Annual report on the lock hospitals of the Madras Presidency
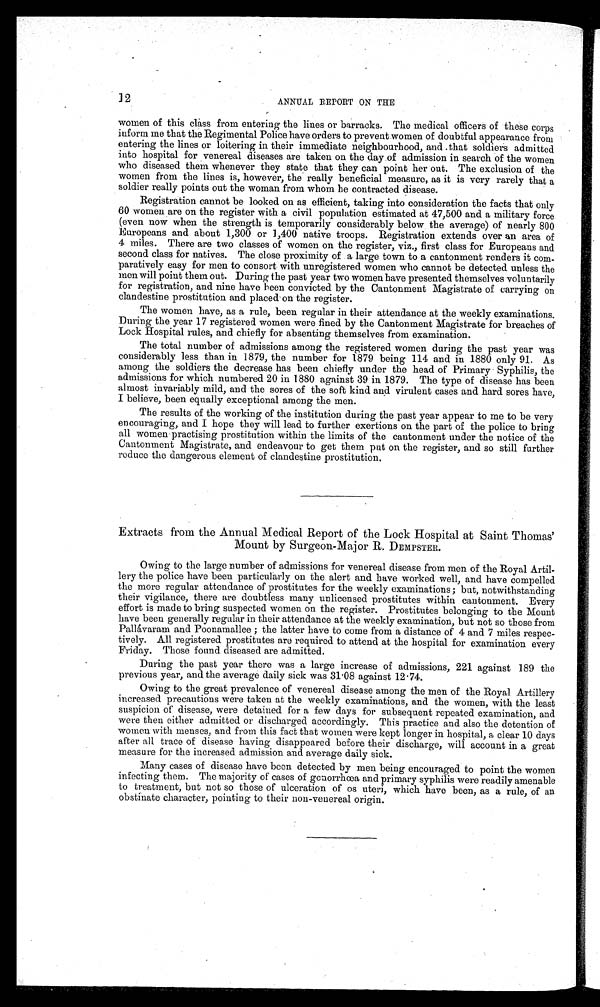
2
ANNUAL REPORT ON THE
women of this class from entering the lines or barracks. The medical officers of these corps .
inform me that the Regimental Police have orders to prevent women of doubtful appearance from
entering the lines or loitering in their immediate neighbourhood, and .that soldiers admitted
into hospital for venereal diseases are taken on the day of admission in search of the women
who diseased them whenever they state that they can point her out. The exclusion of the
women from the lines is, however, the really beneficial measure, as it is very rarely that a
soldier really points out the woman from whom he contracted disease.
Registration cannot be looked on as efficient, taking into consideration the facts that only
60 women are on the register with a civil population estimated at 47,500 and a military force
(even now when the strength is temporarily considerably below the average) of nearly 800
Europeans and about 1,300 or 1,400 native troops. Registration extends over an area of
4 miles. There are two classes of women on the register, viz., first class for Europeans and
second class for natives. The close proximity of a large town to a cantonment renders it com-
paratively easy for men to consort with unregistered women who cannot be detected unless the
men will point them out. During the past year two women have presented themselves voluntarily
for registration, and nine have been convicted by the Cantonment Magistrate of carrying on
clandestine prostitution and placed on the register.
The women have, as a rule, been regular in their attendance at the weekly examinations.
During the year 17 registered women were fined by the Cantonment Magistrate for breaches of
Lock Hospital rules, and chiefly for absenting themselves from examination.
The total number of admissions among the registered women during the past year was
considerably less than in 1879, the number for 1879 being 114 and in 1880 only 91. As
among the soldiers the decrease has been chiefly under the head of Primary - Syphilis, the
admissions for which numbered 20 in 1880 against 39 in 1879. The type of disease has been
almost invariably mild, and the sores of the soft kind and virulent cases and hard sores have,
I believe, been equally exceptional among the men.
The results of the working of the institution during the past year appear to me to be very
encouraging, and I hope they will lead to further exertions on the part of the police to bring
all women practising prostitution within the limits of the cantonment under the notice of the
Cantonment Magistrate, and endeavour to get them put on the register, and so still further
reduce the dangerous element of clandestine prostitution.
Extracts from the Annual Medical Report of the Lock Hospital at Saint Thomas'
Mount by Surgeon-Major R. DEMPSTER.
Owing to the large number of admissions for venereal disease from men of the Royal Artil-
lery the police have been particularly on the alert and have worked well, and have compelled
the more regular attendance of prostitutes for the weekly examinations ; but, notwithstanding
their vigilance, there are doubtless many unlicensed prostitutes within cantonment. Every
effort is made to bring suspected women on the register. Prostitutes belonging to the Mount
have been generally regular in their attendance at the weekly examination, but not so those from
Pallávaram and Poonamallee ; the latter have to come from a distance of 4 and 7 miles respec-
tively. All registered prostitutes are required to attend at the hospital for examination every
Friday. Those found diseased are admitted.
During the past year there was a large increase of admissions, 221 against 189 the
previous year, and the average daily sick was 31 . 08 against 12.74.
Owing to the great prevalence of venereal disease among the men of the Royal Artillery
increased precautions were taken at the weekly examinations, and the women, with the least
suspicion of disease, were detained for a few days for subsequent repeated examination, and
were then either admitted or discharged accordingly. This practice and also the detention of
women with menses, and from this fact that women were kept longer in hospital, a clear 10 days
after all trace of disease having disappeared before their discharge, will account in a great
measure for the increased admission and average daily sick.
Many cases of disease have been detected by men being encouraged to point the women
infecting them. The majority of cases of gonorrhœa and primary syphilis were readily amenable
to treatment, but not so those of ulceration of os uteri, which have been, as a rule, of an
obstinate character, pointing to their non-venereal origin.